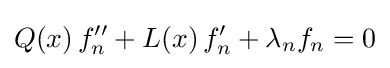
Q(x)\,f_{n}^{\prime \prime }+L(x)\,f_{n}^{\prime }+\lambda _{n}f_{n}=0